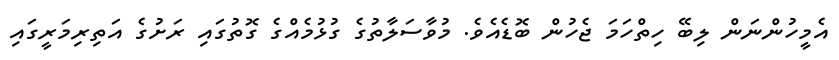
އެމީހުންނަން ލިބޭ ހިތްހަމަ ޖެހުން ބޮޑެއެވެ. މުވާސަލާތުގެ ގުޅުމެއްގެ ގޮތުގައި ރަށުގެ އަތިރިމަރީގައި